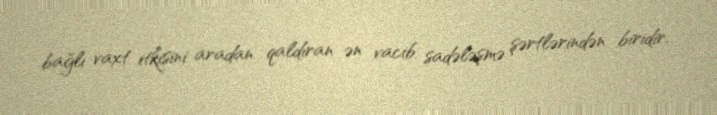
bağlı vaxt itkisini aradan qaldıran ən vacib sadələşmə şərtlərindən biridir.